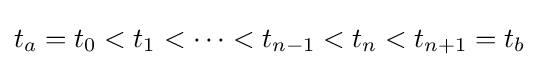
t_{a}=t_{0}<t_{1}<\cdots <t_{n-1}<t_{n}<t_{n+1}=t_{b}